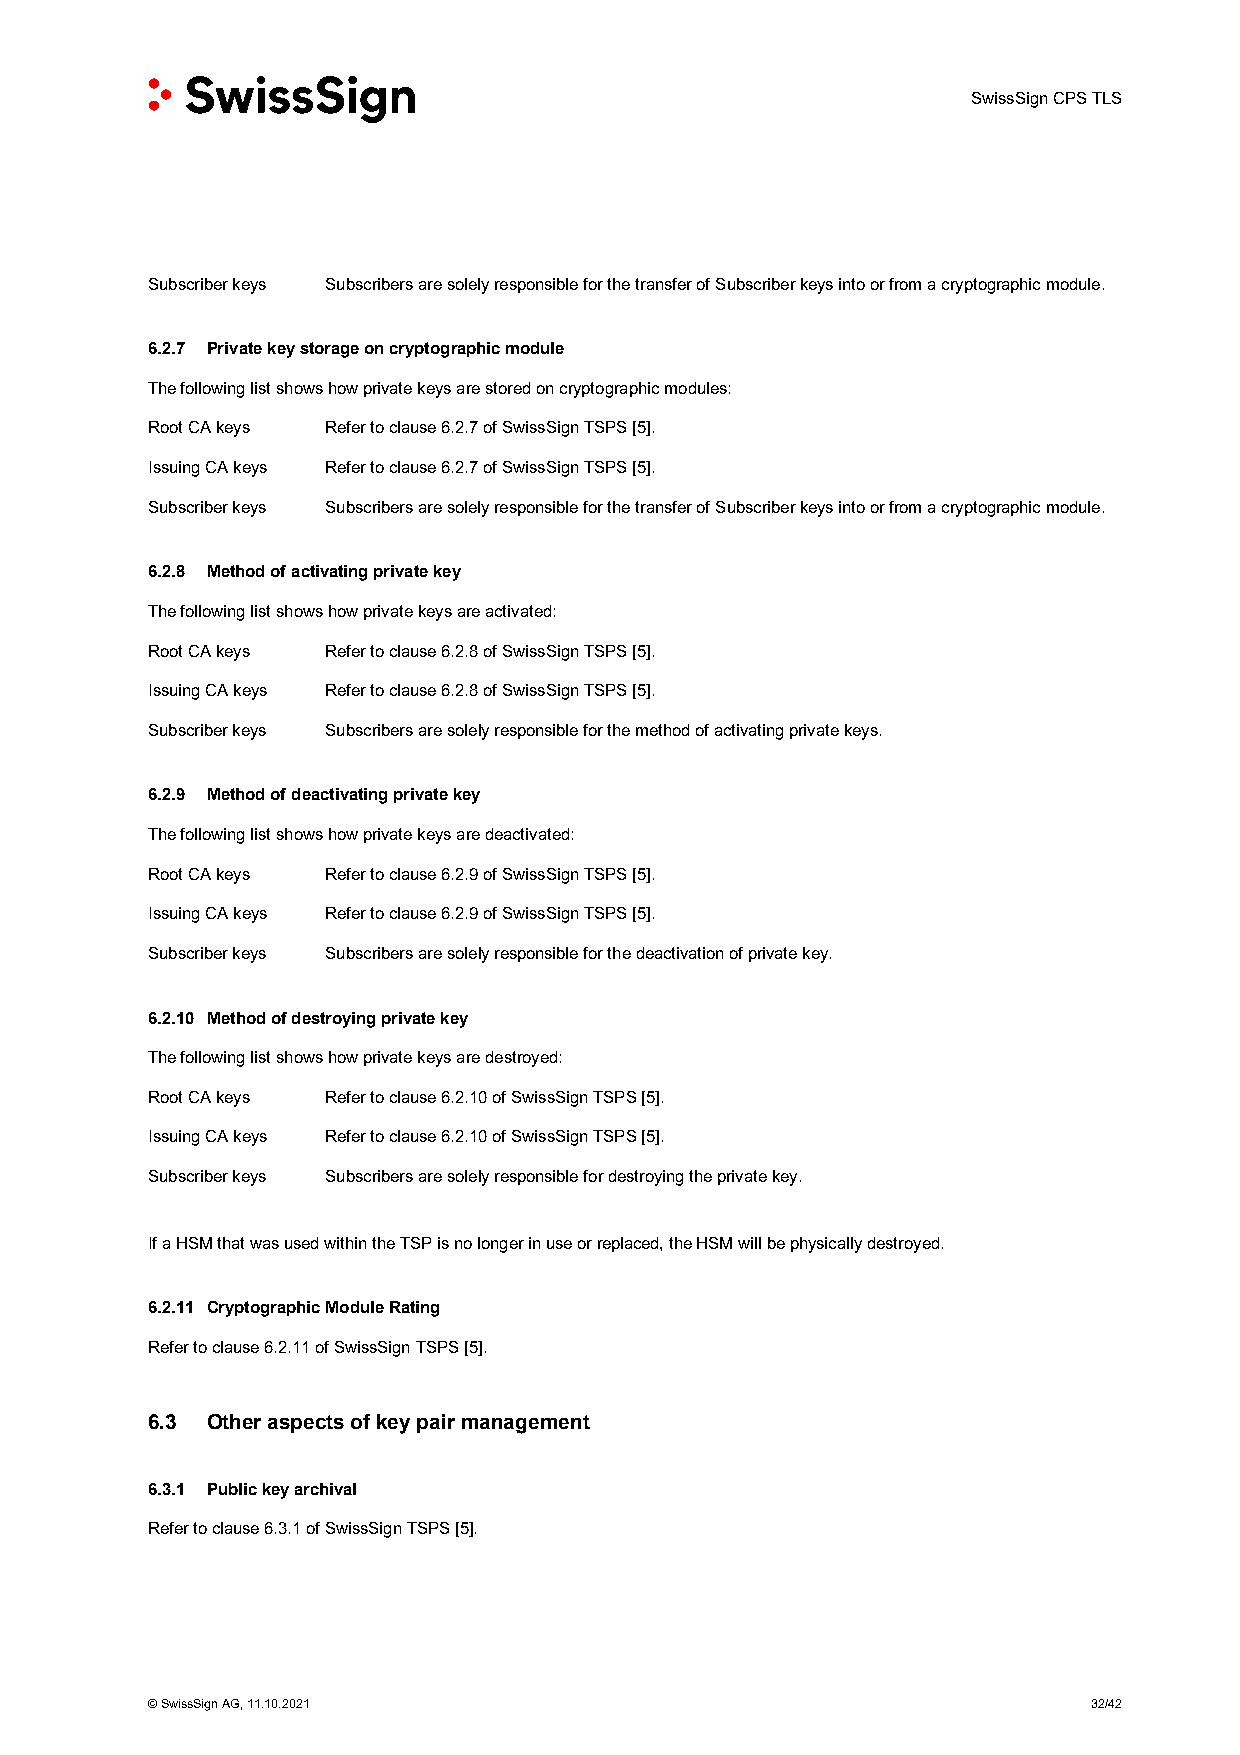
SwissSign CPS TLS
 Subscriber keys Subscribers are solely responsible for the transfer of Subscriber keys into or from a cryptographic module.
 6.2.7 Private key storage on cryptographic module
 The following list shows how private keys are stored on cryptographic modules:
 Root CA keys Refer to clause 6.2.7 of SwissSign TSPS [5].
 Issuing CA keys Refer to clause 6.2.7 of SwissSign TSPS [5].
 Subscriber keys Subscribers are solely responsible for the transfer of Subscriber keys into or from a cryptographic module.
 6.2.8 Method of activating private key
 The following list shows how private keys are activated:
 Root CA keys Refer to clause 6.2.8 of SwissSign TSPS [5].
 Issuing CA keys Refer to clause 6.2.8 of SwissSign TSPS [5].
 Subscriber keys Subscribers are solely responsible for the method of activating private keys.
 6.2.9 Method of deactivating private key
 The following list shows how private keys are deactivated:
 Root CA keys Refer to clause 6.2.9 of SwissSign TSPS [5].
 Issuing CA keys Refer to clause 6.2.9 of SwissSign TSPS [5].
 Subscriber keys Subscribers are solely responsible for the deactivation of private key.
 6.2.10 Method of destroying private key
 The following list shows how private keys are destroyed:
 Root CA keys Refer to clause 6.2.10 of SwissSign TSPS [5].
 Issuing CA keys Refer to clause 6.2.10 of SwissSign TSPS [5].
 Subscriber keys Subscribers are solely responsible for destroying the private key.
 If a HSM that was used within the TSP is no longer in use or replaced, the HSM will be physically destroyed.
 6.2.11 Cryptographic Module Rating
 Refer to clause 6.2.11 of SwissSign TSPS [5].
 6.3 Other aspects of key pair management
 6.3.1 Public key archival
 Refer to clause 6.3.1 of SwissSign TSPS [5].
 © SwissSign AG, 11.10.2021                                    32/42